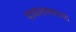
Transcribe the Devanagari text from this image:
पाकशास्त्राच्या